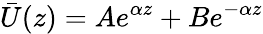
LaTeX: \bar{U}(z)=Ae^{\alpha z}+Be^{-\alpha z}